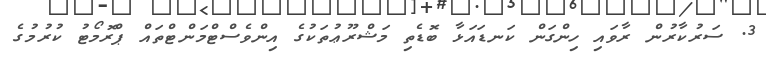
3. ސަރުކާރުން ރާވައި ހިންގަން ކަނޑައަޅާ ބޮޑެތި މަޝްރޫޢުތަކުގެ އިންވެސްޓްމަންޓްތައް ޕްރޮމޯޓު ކުރުމުގެ